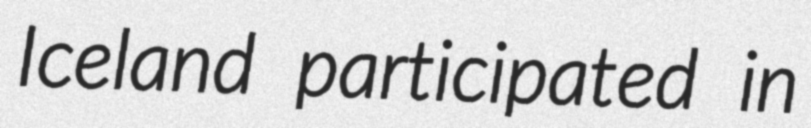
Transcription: Iceland participated in